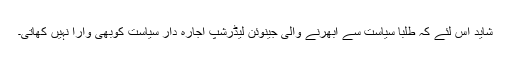
شاید اس لئے کہ طلبا سیاست سے ابھرنے والی جینوئن لیڈرشپ اجارہ دار سیاست کوبھی وارا نہیں کھاتی۔